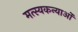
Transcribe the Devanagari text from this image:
मत्स्यकन्याओं